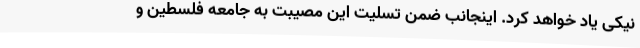
نیکی یاد خواهد کرد. اینجانب ضمن تسلیت این مصیبت به جامعه فلسطین و